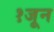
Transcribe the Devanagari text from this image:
१जून